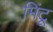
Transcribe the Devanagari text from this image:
मिंटू